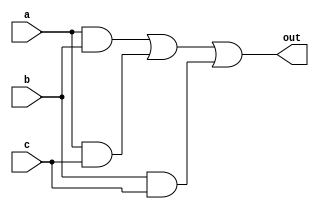
module majority (out, a, b, c);
    output out;
    input a, b, c;
    wire out;
    assign out = (a & b) | (a & c) | (b & c);
endmodule